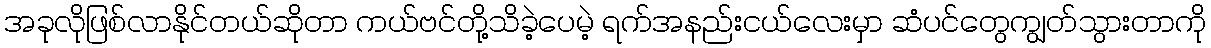
အခုလိုဖြစ်လာနိုင်တယ်ဆိုတာ ကယ်ဗင်တို့သိခဲ့ပေမဲ့ ရက်အနည်းငယ်လေးမှာ ဆံပင်တွေကျွတ်သွားတာကို